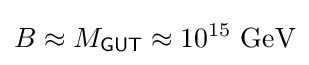
B\approx M_{\mathsf {GUT}}\approx \mathrm {10^{15}~GeV}